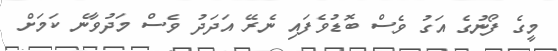
މީގެ ފޯނުގެ އަގު ވެސް ބޮޑުވެފައި ނެރޭ އަދަދު ވެސް މަދުވާނެ ކަމަށް